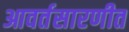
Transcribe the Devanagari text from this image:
आवर्तसारणीत